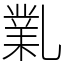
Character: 𠄅